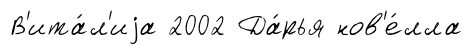
В'ита́л'иjа 2002 Да́рья нов'е́лла